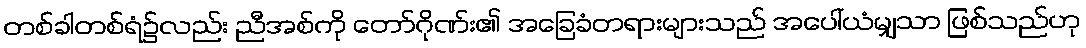
တစ်ခါတစ်ရံ၌လည်း ညီအစ်ကို တော်ဂိုဏ်း၏ အခြေခံတရားများသည် အပေါ်ယံမျှသာ ဖြစ်သည်ဟု